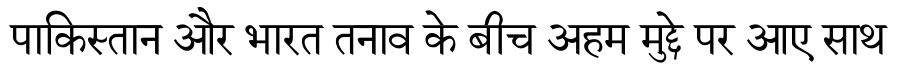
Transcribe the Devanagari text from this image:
पाकिस्तान और भारत तनाव के बीच अहम मुद्दे पर आए साथ